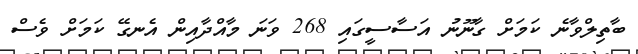
ބާތިލްވާނެ ކަމަށް ގާނޫނު އަސާސީގައި 268 ވަނަ މާއްދާއިން އެނގޭ ކަމަށް ވެސް